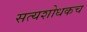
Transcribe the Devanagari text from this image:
सत्यशोधकच